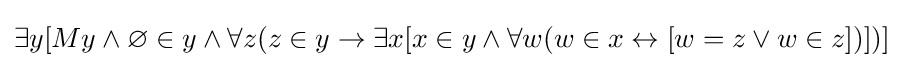
\exists y[My\land \varnothing \in y\land \forall z(z\in y\rightarrow \exists x[x\in y\land \forall w(w\in x\leftrightarrow [w=z\lor w\in z])])]